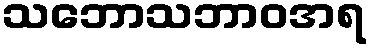
သဘောသဘာဝအရ